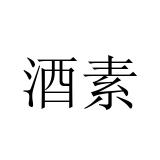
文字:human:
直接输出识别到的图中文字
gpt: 酒素